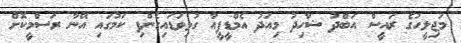
މަޖިލީހުގެ ރައީސް އަބްދު ޝާހިދު މިއަދު އެމްޑީޕީއާ ގުޅިވަޑައިގެންފި ކަމުގައި އޭނާ ރަސްމީކޮށް